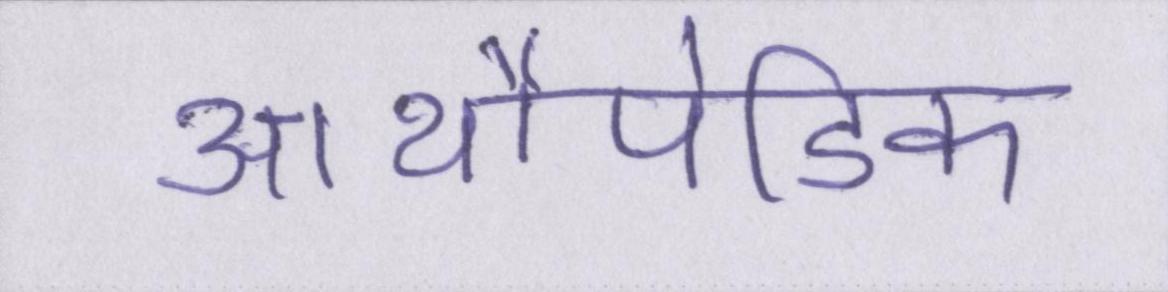
आर्थोपेडिक